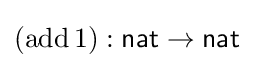
(\mathrm {add} \,1):{\textsf {nat}}\to {\textsf {nat}}